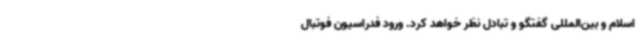
اسلام و بین‌المللی گفتگو و تبادل نظر خواهد کرد. ورود فدراسیون فوتبال